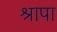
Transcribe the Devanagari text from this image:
श्रापा